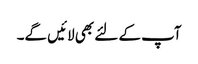
آپ کے لئے بھی لائیں گے۔